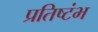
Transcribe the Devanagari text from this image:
प्रतिष्टंभ